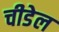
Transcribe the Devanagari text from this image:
चीडेल